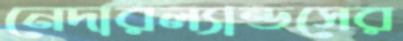
নেদারল্যান্ডসের